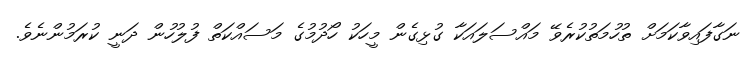
ނަގާފައިވާކަމަށް ތުހުމަތުކުރެވޭ މައްސަލައަކާ ގުޅިގެން މީހަކު ހޯދުމުގެ މަސައްކަތް ފުލުހުން ދަނީ ކުރަމުންނެވެ.